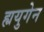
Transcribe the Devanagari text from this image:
ह्ययुगेन